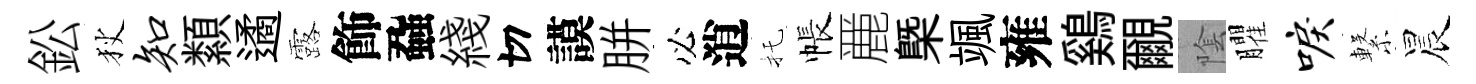
鈆狄知纇遹露飾蝨綫切謨胼必逍托帳䴡槩颯雍鷄覼隂臞唳繋晨